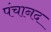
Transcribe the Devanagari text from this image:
पंचानद